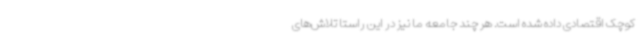
کوچک اقتصادی داده‌ شده است. هر چند جامعه ما نیز در این راستا تلاش‌های